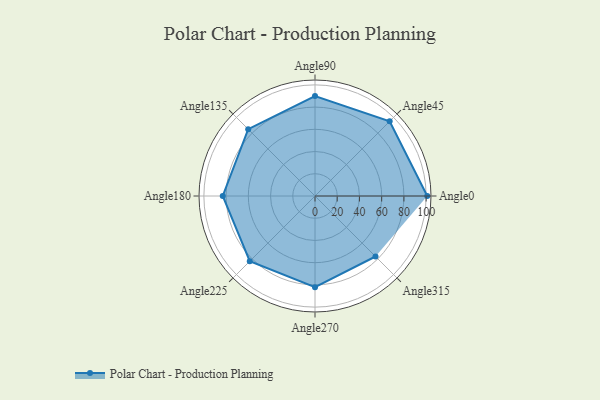
{"axis": {"x": "Angle", "y": "Radius"}, "legend": [""], "data": [{"x": "Angle0", "y": 101.0, "type": ""}, {"x": "Angle45", "y": 95.0, "type": ""}, {"x": "Angle90", "y": 90.0, "type": ""}, {"x": "Angle135", "y": 85.0, "type": ""}, {"x": "Angle180", "y": 83.0, "type": ""}, {"x": "Angle225", "y": 83.0, "type": ""}, {"x": "Angle270", "y": 82.0, "type": ""}, {"x": "Angle315", "y": 77.0, "type": ""}]}